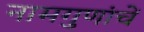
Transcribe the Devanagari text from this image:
नामगुणांचें